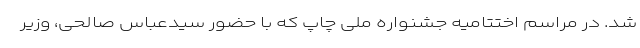
شد. در مراسم اختتامیه جشنواره ملی چاپ که با حضور سیدعباس صالحی، وزیر